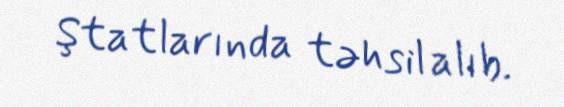
Ştatlarında təhsil alıb.